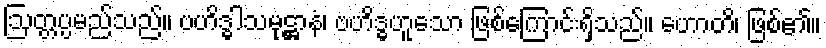
ဩတ္တပ္ပမည်သည်။ ဗဟိဒ္ဓါသမုဋ္ဌာနံ၊ ဗဟိဒ္ဓဟူသော ဖြစ်ကြောင်းရှိသည်။ ဟောတိ၊ ဖြစ်၏။